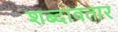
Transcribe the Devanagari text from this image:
शब्दावतार